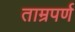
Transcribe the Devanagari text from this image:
ताम्रपर्ण